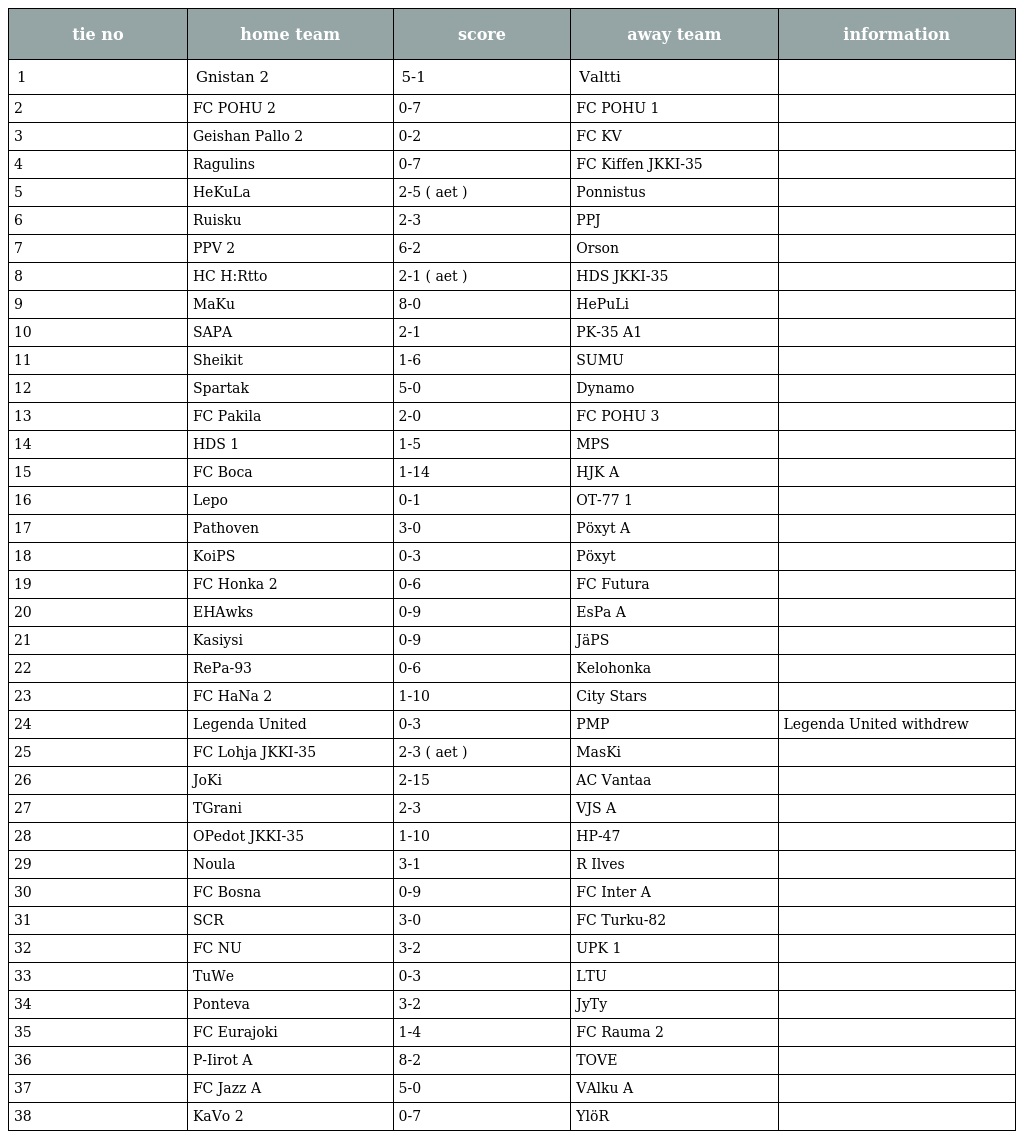
| tie no | home team | score | away team | information |
 | --- | --- | --- | --- | --- |
 | 1 | Gnistan 2 | 5-1 | Valtti |  |
 | 2 | FC POHU 2 | 0-7 | FC POHU 1 |  |
 | 3 | Geishan Pallo 2 | 0-2 | FC KV |  |
 | 4 | Ragulins | 0-7 | FC Kiffen JKKI-35 |  |
 | 5 | HeKuLa | 2-5 ( aet ) | Ponnistus |  |
 | 6 | Ruisku | 2-3 | PPJ |  |
 | 7 | PPV 2 | 6-2 | Orson |  |
 | 8 | HC H:Rtto | 2-1 ( aet ) | HDS JKKI-35 |  |
 | 9 | MaKu | 8-0 | HePuLi |  |
 | 10 | SAPA | 2-1 | PK-35 A1 |  |
 | 11 | Sheikit | 1-6 | SUMU |  |
 | 12 | Spartak | 5-0 | Dynamo |  |
 | 13 | FC Pakila | 2-0 | FC POHU 3 |  |
 | 14 | HDS 1 | 1-5 | MPS |  |
 | 15 | FC Boca | 1-14 | HJK A |  |
 | 16 | Lepo | 0-1 | OT-77 1 |  |
 | 17 | Pathoven | 3-0 | Pöxyt A |  |
 | 18 | KoiPS | 0-3 | Pöxyt |  |
 | 19 | FC Honka 2 | 0-6 | FC Futura |  |
 | 20 | EHAwks | 0-9 | EsPa A |  |
 | 21 | Kasiysi | 0-9 | JäPS |  |
 | 22 | RePa-93 | 0-6 | Kelohonka |  |
 | 23 | FC HaNa 2 | 1-10 | City Stars |  |
 | 24 | Legenda United | 0-3 | PMP | Legenda United withdrew |
 | 25 | FC Lohja JKKI-35 | 2-3 ( aet ) | MasKi |  |
 | 26 | JoKi | 2-15 | AC Vantaa |  |
 | 27 | TGrani | 2-3 | VJS A |  |
 | 28 | OPedot JKKI-35 | 1-10 | HP-47 |  |
 | 29 | Noula | 3-1 | R Ilves |  |
 | 30 | FC Bosna | 0-9 | FC Inter A |  |
 | 31 | SCR | 3-0 | FC Turku-82 |  |
 | 32 | FC NU | 3-2 | UPK 1 |  |
 | 33 | TuWe | 0-3 | LTU |  |
 | 34 | Ponteva | 3-2 | JyTy |  |
 | 35 | FC Eurajoki | 1-4 | FC Rauma 2 |  |
 | 36 | P-Iirot A | 8-2 | TOVE |  |
 | 37 | FC Jazz A | 5-0 | VAlku A |  |
 | 38 | KaVo 2 | 0-7 | YlöR |  |